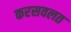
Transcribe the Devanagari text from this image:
करसवलत